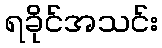
ရခိုင်အသင်း